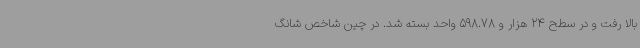
بالا رفت و در سطح 24 هزار و 598.78 واحد بسته شد. در چین شاخص شانگ